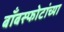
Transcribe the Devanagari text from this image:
बाँबस्फोटांच्या